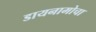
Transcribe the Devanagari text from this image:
डायनामोचा